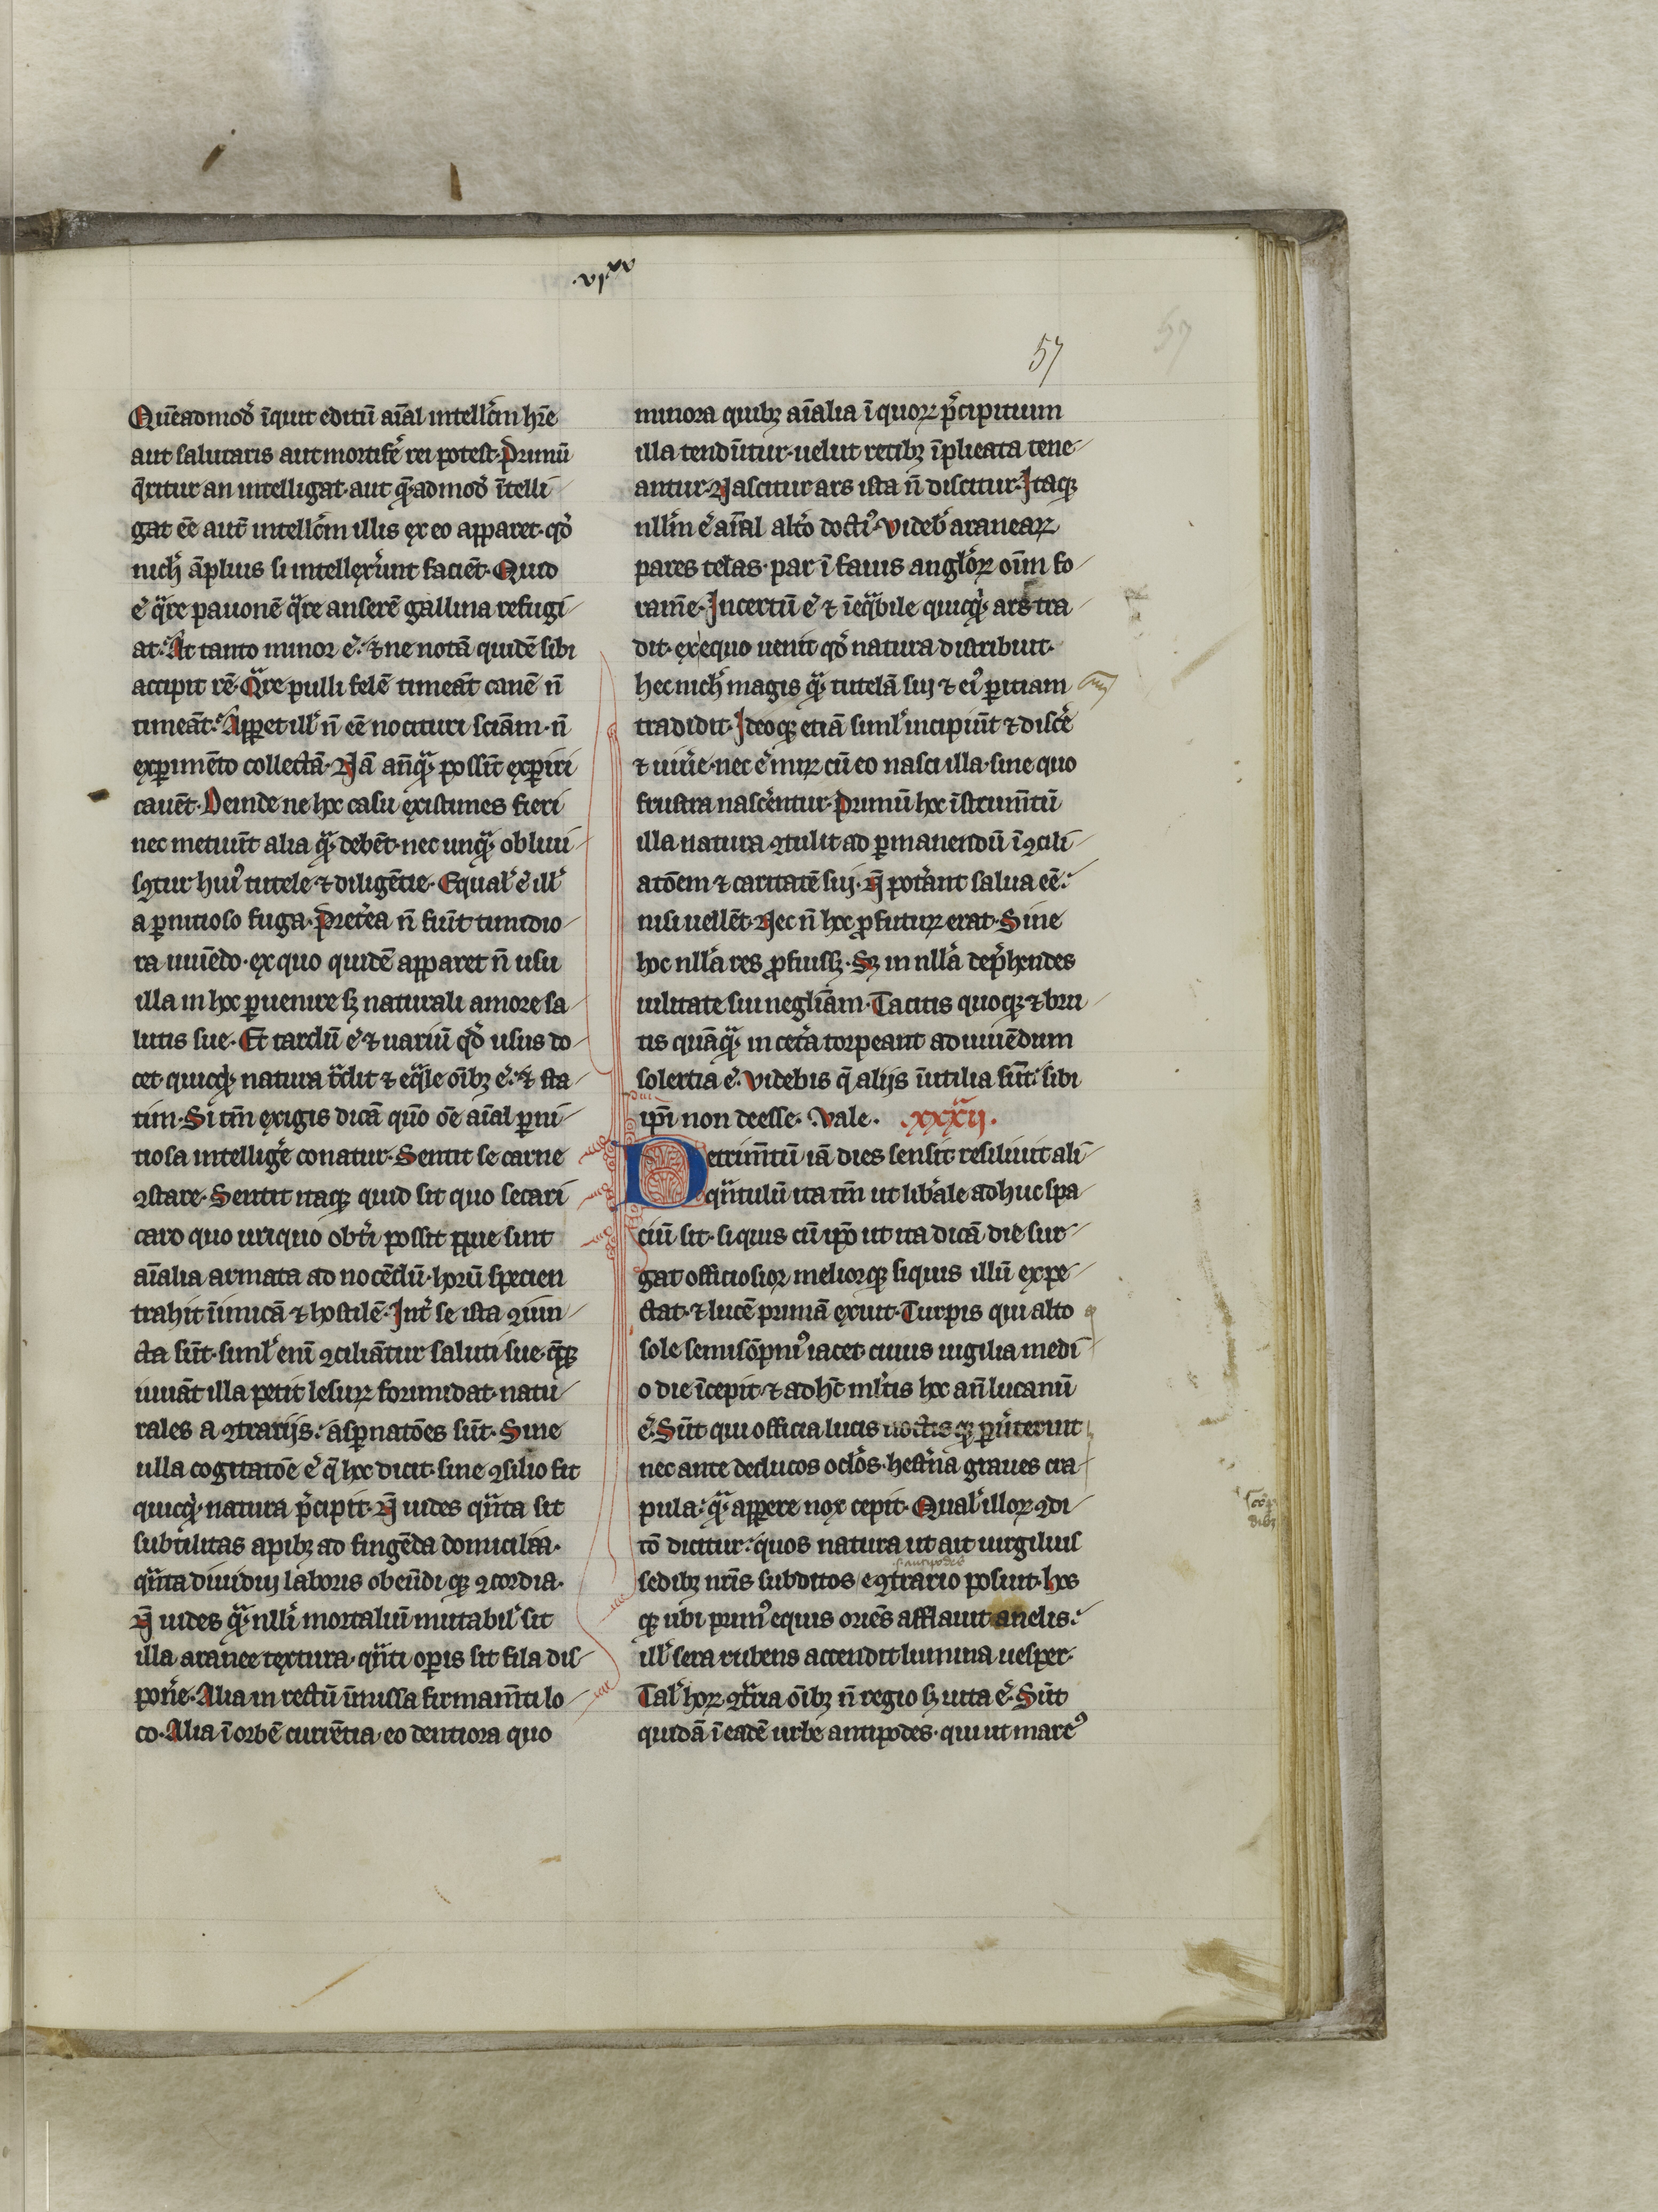
Shelfmark: Arras, Médiathèque de l'Abbaye Saint-Vaast - 315  (CGM 861)
Century: 14